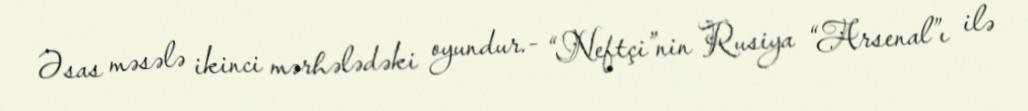
Əsas məsələ ikinci mərhələdəki oyundur.- “Neftçi”nin Rusiya “Arsenal”ı ilə